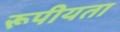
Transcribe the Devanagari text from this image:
रूपीयता